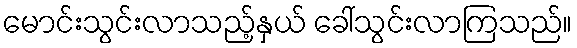
မောင်းသွင်းလာသည့်နှယ် ခေါ်သွင်းလာကြသည်။